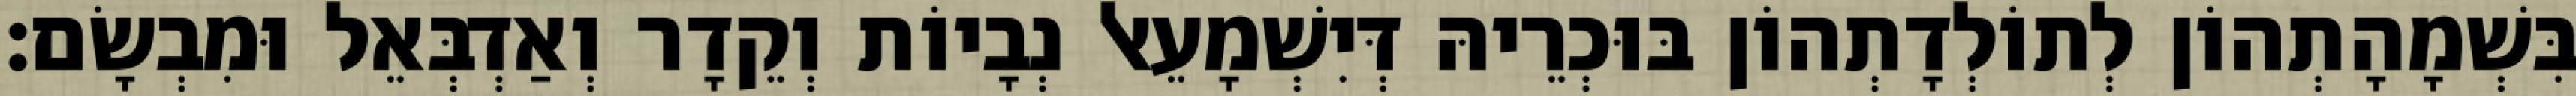
בִּשְׁמָהָתְהוֹן לְתוֹלְדָתְהוֹן בּוּכְרֵיהּ דְּיִשְׁמָעֵאל נְבָיוֹת וְקֵדָר וְאַדְבְּאֵל וּמִבְשָׂם׃